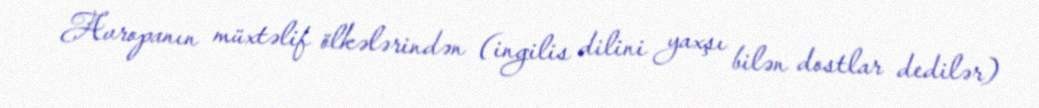
Avropanın müxtəlif ölkələrindən (ingilis dilini yaxşı bilən dostlar dedilər)